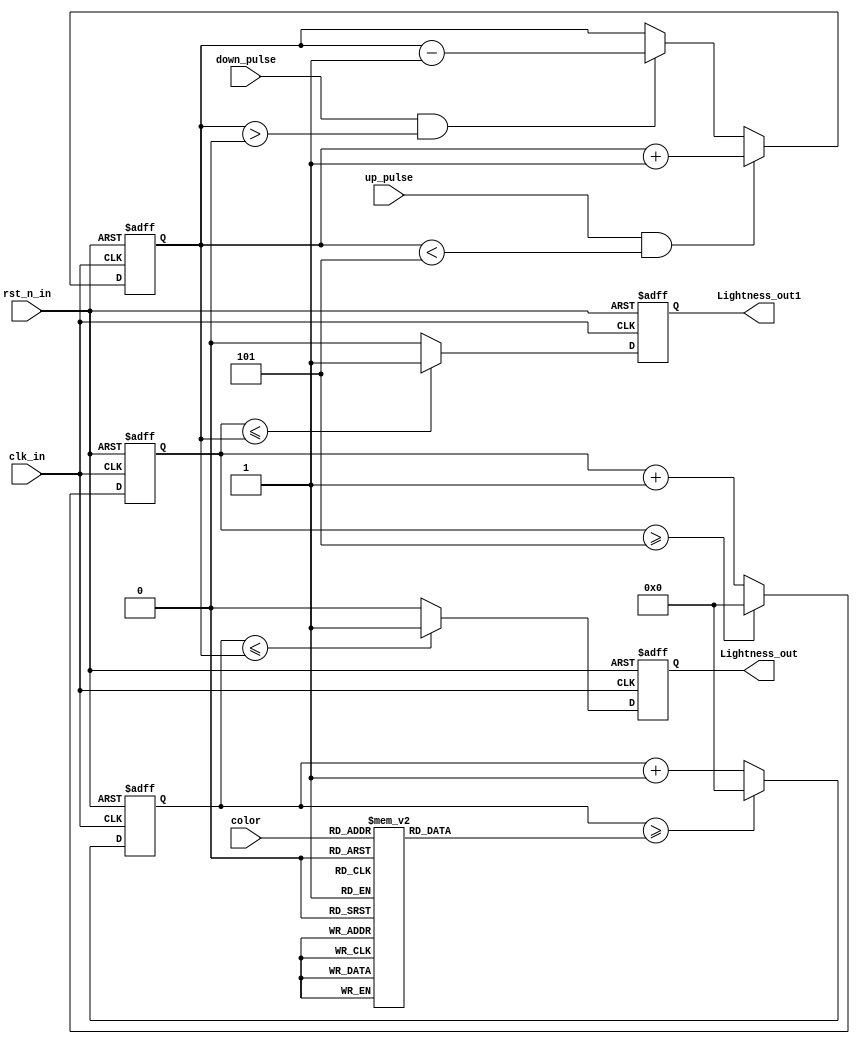
// --------------------------------------------------------------------
// >>>>>>>>>>>>>>>>>>>>>>>>> COPYRIGHT NOTICE <<<<<<<<<<<<<<<<<<<<<<<<<
// --------------------------------------------------------------------
// Module: Lightness
// 
// 
// Description: Lightness control
// 
// Web: www.stepfpga.com
//
// --------------------------------------------------------------------
// Code Revision History :
// --------------------------------------------------------------------
// Version: |Mod. Date:   |Changes Made:
// V1.0     |2015/11/11   |Initial ver
// --------------------------------------------------------------------
module Lightness
(
input				clk_in,
input				rst_n_in,
input		[2:0]	color,
input				up_pulse,
input				down_pulse,
output	reg			Lightness_out,
output	reg			Lightness_out1
);

localparam	CYCLE_ONE = 5;
localparam	CYCLE_TWO = 10;
localparam	CYCLE_THREE = 15;

reg	[3:0] cycle;
//Control duty cycle
always @(color) begin 
	case(color)
		3'b110: cycle = CYCLE_ONE;
		3'b101: cycle = CYCLE_ONE;
		3'b011: cycle = CYCLE_ONE;
		3'b100: cycle = CYCLE_TWO;
		3'b010: cycle = CYCLE_TWO;
		3'b001: cycle = CYCLE_TWO;
		3'b000: cycle = CYCLE_THREE;
		3'b111: cycle = CYCLE_THREE;
		default: cycle = CYCLE_ONE;
	endcase
end 

reg	[3:0] duty;
//Control duty cycle
always @(posedge clk_in or negedge rst_n_in) begin 
	if(!rst_n_in) begin 
		duty<=4'd2;
	end else begin
		if(up_pulse && (duty<CYCLE_ONE)) duty <= duty + 4'd1;
		else if(down_pulse && (duty>4'd0)) duty <= duty - 4'd1;
		else duty <= duty;
	end
end  

reg	[3:0]	cnt;
//counter for cycle
always @(posedge clk_in or negedge rst_n_in) begin 
	if(!rst_n_in) begin 
		cnt<=4'd0;
	end else begin
		if(cnt>=cycle) cnt<=4'd0;
		else cnt <= cnt + 4'd1;
	end 
end 

//pulse generate with duty
always @(posedge clk_in or negedge rst_n_in) begin 
	if(!rst_n_in) begin 
		Lightness_out<=1'b1;
	end else begin
		if(cnt<=duty) Lightness_out<=1'b1;
		else Lightness_out<=1'b0;
	end 
end 

reg	[3:0]	cnt1;
//counter for cycle
always @(posedge clk_in or negedge rst_n_in) begin 
	if(!rst_n_in) begin 
		cnt1<=4'd0;
	end else begin
		if(cnt1>=CYCLE_ONE) cnt1<=4'd0;
		else cnt1 <= cnt1 + 4'd1;
	end 
end

//pulse generate with duty
always @(posedge clk_in or negedge rst_n_in) begin 
	if(!rst_n_in) begin 
		Lightness_out1<=1'b1;
	end else begin
		if(cnt1<=duty) Lightness_out1<=1'b1;
		else Lightness_out1<=1'b0;
	end 
end

endmodule